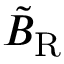
\tilde { B } _ { \mathrm { R } }